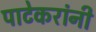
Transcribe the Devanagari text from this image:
पाटेकरांनी